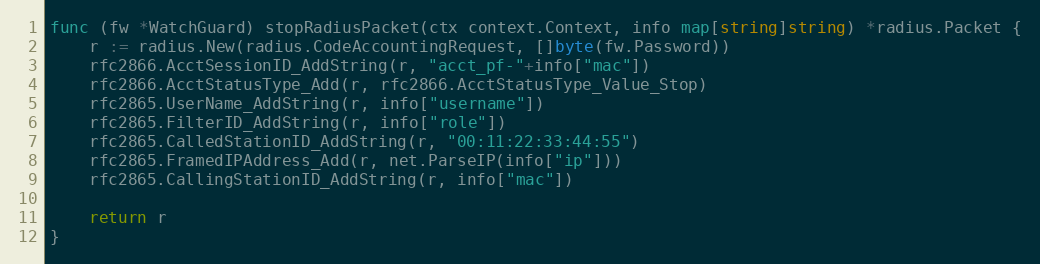
Language: Go
func (fw *WatchGuard) stopRadiusPacket(ctx context.Context, info map[string]string) *radius.Packet {
	r := radius.New(radius.CodeAccountingRequest, []byte(fw.Password))
	rfc2866.AcctSessionID_AddString(r, "acct_pf-"+info["mac"])
	rfc2866.AcctStatusType_Add(r, rfc2866.AcctStatusType_Value_Stop)
	rfc2865.UserName_AddString(r, info["username"])
	rfc2865.FilterID_AddString(r, info["role"])
	rfc2865.CalledStationID_AddString(r, "00:11:22:33:44:55")
	rfc2865.FramedIPAddress_Add(r, net.ParseIP(info["ip"]))
	rfc2865.CallingStationID_AddString(r, info["mac"])

	return r
}